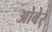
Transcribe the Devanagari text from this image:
ओबेर्